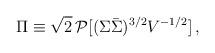
LaTeX: \begin{align*}\Pi\equiv\sqrt{2}\,{\cal P}[(\Sigma\bar{\Sigma})^{3/2}V^{-1/2}]\, ,\end{align*}